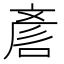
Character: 𠷗